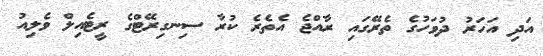
އަދި އަހަރު ދުވަހުގެ ތެރޭގައި ރާއްޖެ އެތެރެ ކުރާ ސިނގިރޭޓްގެ ރީޓެއިލް ވެލިއު